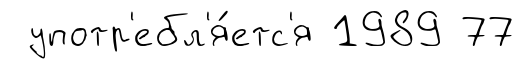
употр'ебл'я́етс'я 1989 77